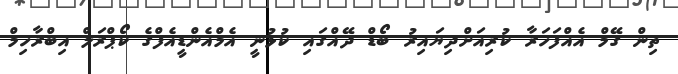
ތިން ގޭމް އެއްފަހަރާ ކުރިއަށްދިޔައިރު ބޯޑް ދޭއްގައި ކުޅުނީ އެމްއެންޑީއެފްގެ ކޯޕްރަލް އިބްރާހިމް